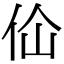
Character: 佡